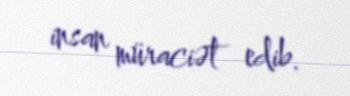
insan müraciət edib.